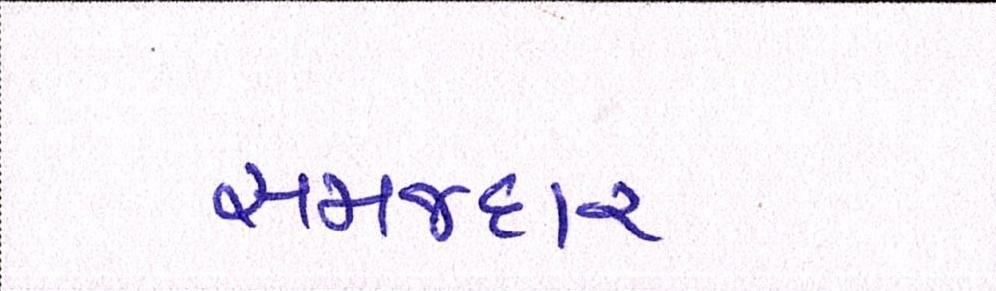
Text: સમજદાર